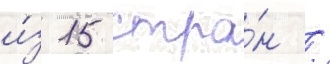
и́з 15 стра́н /